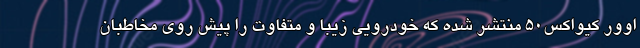
اوور کیواکس50 منتشر شده که خودرویی زیبا و متفاوت را پیش روی مخاطبان